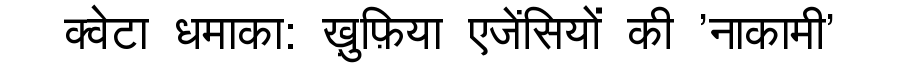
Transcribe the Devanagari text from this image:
क्वेटा धमाका: ख़ुफ़िया एजेंसियों की 'नाकामी'